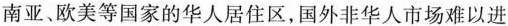
南亚、欧美等国家的华人居住区，国外非华人市场难以进